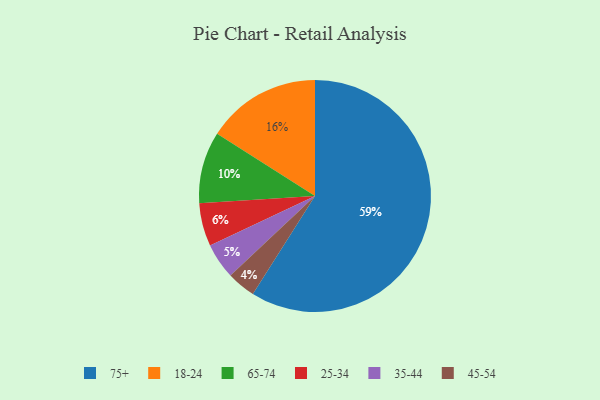
{"axis": {"x": "Category", "y": "Percentage"}, "legend": ["18-24", "25-34", "35-44", "45-54", "65-74", "75+"], "data": [{"x": "45-54", "y": 4, "type": "45-54"}, {"x": "25-34", "y": 6, "type": "25-34"}, {"x": "18-24", "y": 16, "type": "18-24"}, {"x": "35-44", "y": 5, "type": "35-44"}, {"x": "75+", "y": 59, "type": "75+"}, {"x": "65-74", "y": 10, "type": "65-74"}]}